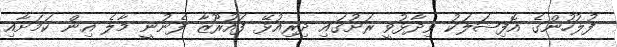
ފުލުހުންގެ އޮފިޝަލަކު ވިދާޅުވީ ރަށުގައި ދިރިއުޅޭ ފައުރޫޒާ ފެނުނީ މާލެ އިން ކަމަށާއި